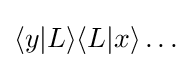
\langle y|L\rangle \langle L|x\rangle \dots